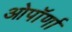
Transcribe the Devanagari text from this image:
ओपॉर्णा